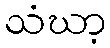
သံဃာ့